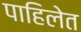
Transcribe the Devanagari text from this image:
पाहिलेत